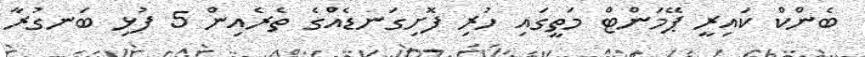
ބެންކް ކައިރީ ޕޭމަންޓް މަތީގައި ހުރި ފޮށިގަނޑެއްގެ ތެރެއިން 5 ފުޅި ބަނގުރާ